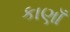
કાણાઁ